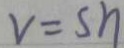
v = s h